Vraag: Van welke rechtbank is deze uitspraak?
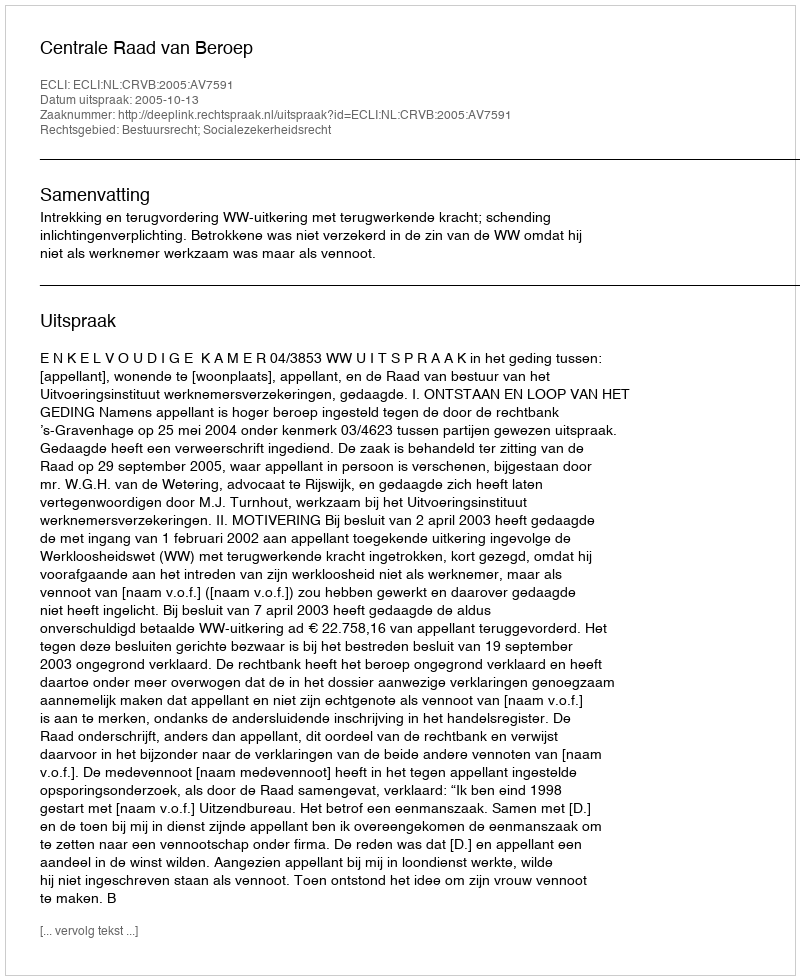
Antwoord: Centrale Raad van Beroep